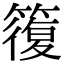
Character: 𥳇